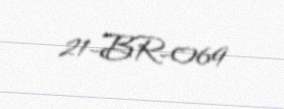
21-BR-069